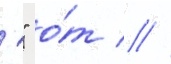
'" о́т  //